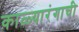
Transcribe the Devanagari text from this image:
काळ्यारंगाची